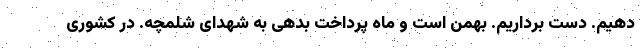
دهیم. دست برداریم. بهمن است و ماه پرداخت بدهی به شهدای شلمچه. در کشوری